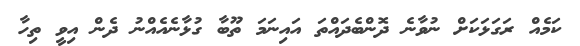
ކަމެއް ރަގަޅަކަށް ނުވާނެ ދޮންބެދައްތަ އައިނަމަ ތޫބާ ގުޅާނެއެއްނު ދެން އިވީ ތިހާ